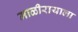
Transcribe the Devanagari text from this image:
माळीरायाला